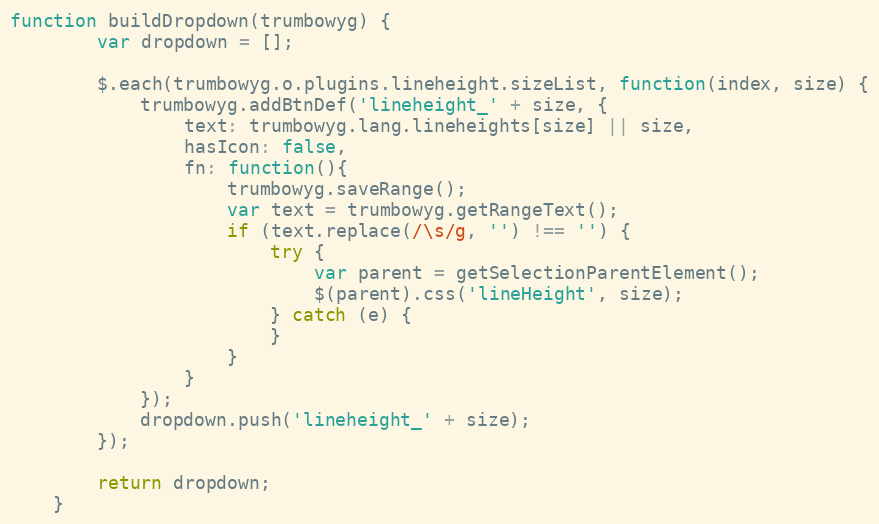
Language: JavaScript
function buildDropdown(trumbowyg) {
        var dropdown = [];

        $.each(trumbowyg.o.plugins.lineheight.sizeList, function(index, size) {
            trumbowyg.addBtnDef('lineheight_' + size, {
                text: trumbowyg.lang.lineheights[size] || size,
                hasIcon: false,
                fn: function(){
                    trumbowyg.saveRange();
                    var text = trumbowyg.getRangeText();
                    if (text.replace(/\s/g, '') !== '') {
                        try {
                            var parent = getSelectionParentElement();
                            $(parent).css('lineHeight', size);
                        } catch (e) {
                        }
                    }
                }
            });
            dropdown.push('lineheight_' + size);
        });

        return dropdown;
    }